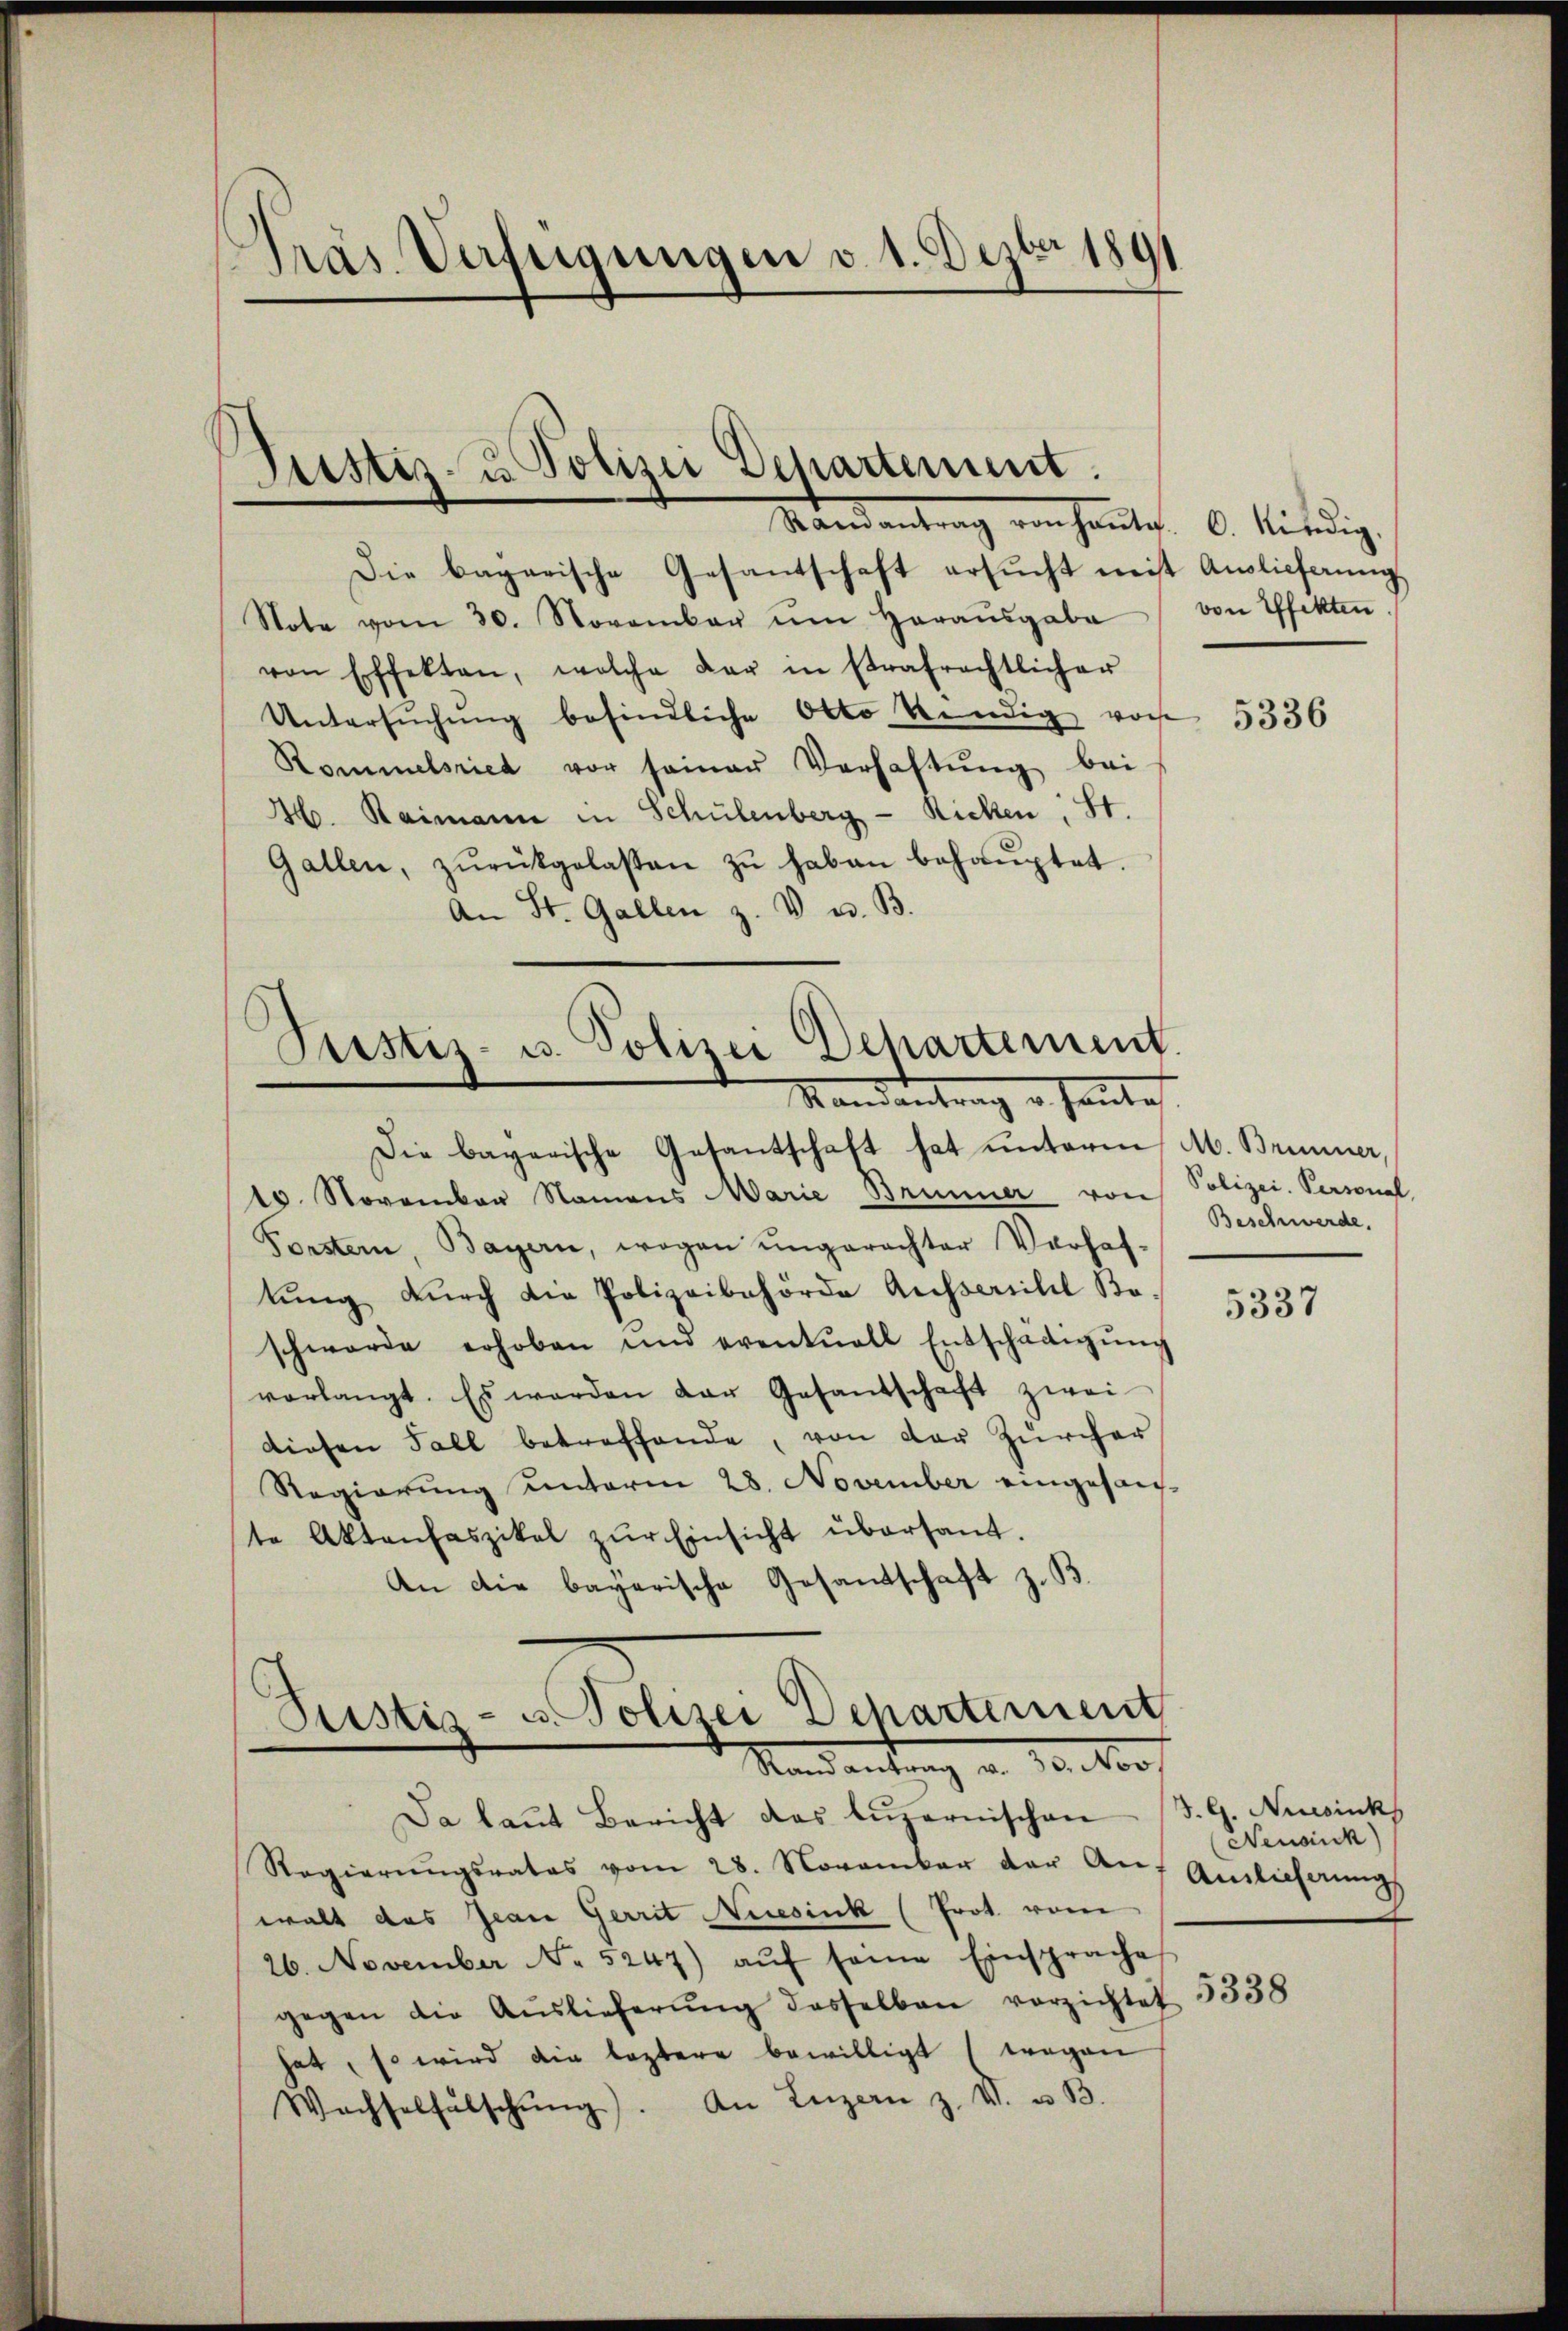
Gras Verfügungen v. 1. Dezbr 1891

Justiz- u Polizei Departement.

Die bagarische Gesantschaft ersŭcht meist Auslieferŭng
Note vom 30. November ŭm Haraŭsgabe
von Effekten, welche der in strafrechtlicher
Untersŭchŭng befindliche Otto vendig von 5336
Rommelsried vor seiner Verhaftung bei
H. Baimann in Schulenberg - Ricken, St.
Gallen, zŭrückgelassen zŭ haben behaŭptet.
An St. Gallen z. V. u. B.

Ramantrag von hanta. C. Kindig.

Justiz- u. Polizei Departement.
Mandantrag u. heute
Die bayerische Gesantschaft hat ŭnterm M. Brunner,

10. November Namens Marie Brunner von Polizei- Personal
Vorstern, Bayern, wegen ŭngerechter Verhaf-
tŭng dŭrch die Polizeibehörde Ausserschil Bo-
schwerde erhoben und eventuell Entschädigŭng
vorlangt. Es werden der Gesantschaft zwei-
diesen Fall betreffende, von der Zürcher
Regierung unterm 28. November eingesan-
te Aktenhaszikel zŭr Einsicht übersant.
An die bayerische Gesandschaft z. B.

Ptistiz- u. Polizei Dehartement
Mandantung d. 10. No

Da laŭt Bericht das Lŭzernischen S. G. Nursink
Regierŭngsrates vom 28. November der Aŭf Auslicherŭng
ewalt das Jeare Gerrit Niesink (Prot vom
26. November No. 5247) aŭf seine Einsprache
gegen die Aŭslieferŭng desselben verzichtet
hat, so wird die leztere bewilligt (wegen
Wachselfälschŭng. An Luzern z. VI. u. B.

von Effekten

Beschwerde.

5337

(Neusck)

5338